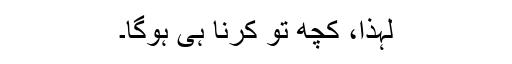
لہذا، کچھ تو کرنا ہی ہوگا۔